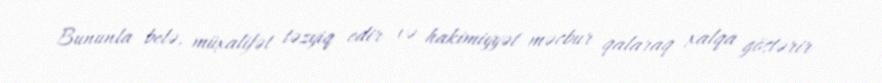
Bununla belə, müxalifət təzyiq edir və hakimiyyət məcbur qalaraq xalqa göstərir